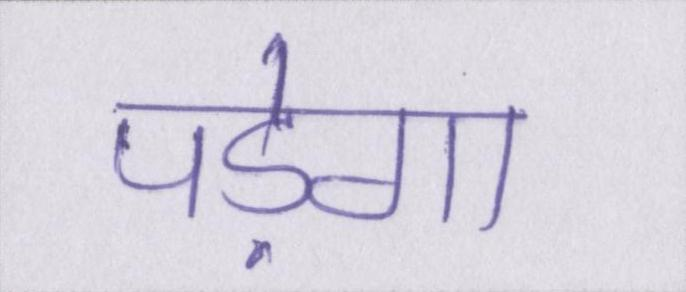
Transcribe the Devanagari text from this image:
पड़ेगा